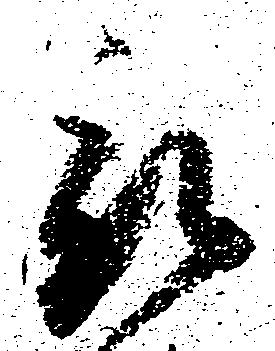
被